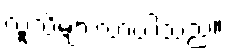
လူသိများလာပါသည်။